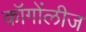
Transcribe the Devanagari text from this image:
कॉगोंलीज